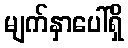
မျက်နှာပေါ်ရှိ